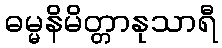
ဓမ္မနိမိတ္တာနုသာရီ